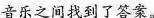
音乐之间找到了答案。